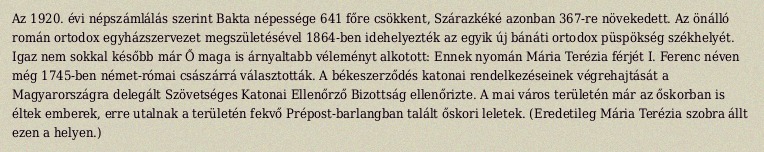
Az 1920. évi népszámlálás szerint Bakta népessége 641 főre csökkent, Szárazkéké azonban 367-re növekedett. Az önálló román ortodox egyházszervezet megszületésével 1864-ben idehelyezték az egyik új bánáti ortodox püspökség székhelyét. Igaz nem sokkal később már Ő maga is árnyaltabb véleményt alkotott: Ennek nyomán Mária Terézia férjét I. Ferenc néven még 1745-ben német-római császárrá választották. A békeszerződés katonai rendelkezéseinek végrehajtását a Magyarországra delegált Szövetséges Katonai Ellenőrző Bizottság ellenőrizte. A mai város területén már az őskorban is éltek emberek, erre utalnak a területén fekvő Prépost-barlangban talált őskori leletek. (Eredetileg Mária Terézia szobra állt ezen a helyen.)